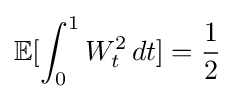
\mathbb {E} [\int _{0}^{1}W_{t}^{2}\,dt]={\frac {1}{2}}